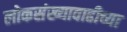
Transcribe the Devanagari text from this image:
लोकसंख्यावाढीच्या